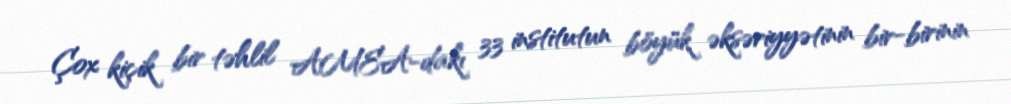
Çox kiçik bir təhlil AMEA-dakı 33 institutun böyük əksəriyyətinin bir-birinin